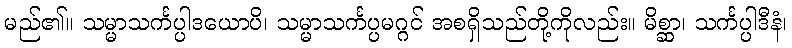
မည်၏။ သမ္မာသင်္ကပ္ပါဒယောပိ၊ သမ္မာသင်္ကပ္ပမဂ္ဂင် အစရှိသည်တို့ကိုလည်း။ မိစ္ဆာ၊ သင်္ကပ္ပါဒီနံ၊